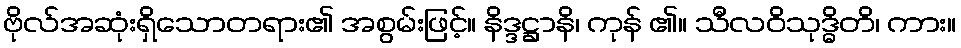
ဗိုလ်အဆုံးရှိသောတရား၏ အစွမ်းဖြင့်။ နိဒ္ဒဋ္ဌာနိ၊ ကုန် ၏။ သီလဝိသုဒ္ဓိတိ၊ ကား။